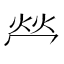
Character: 𤇾